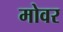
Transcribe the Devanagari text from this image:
मोवर